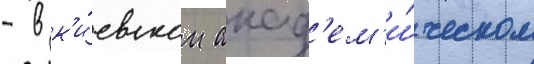
- в к'и́евском акад'ем'и́ческом